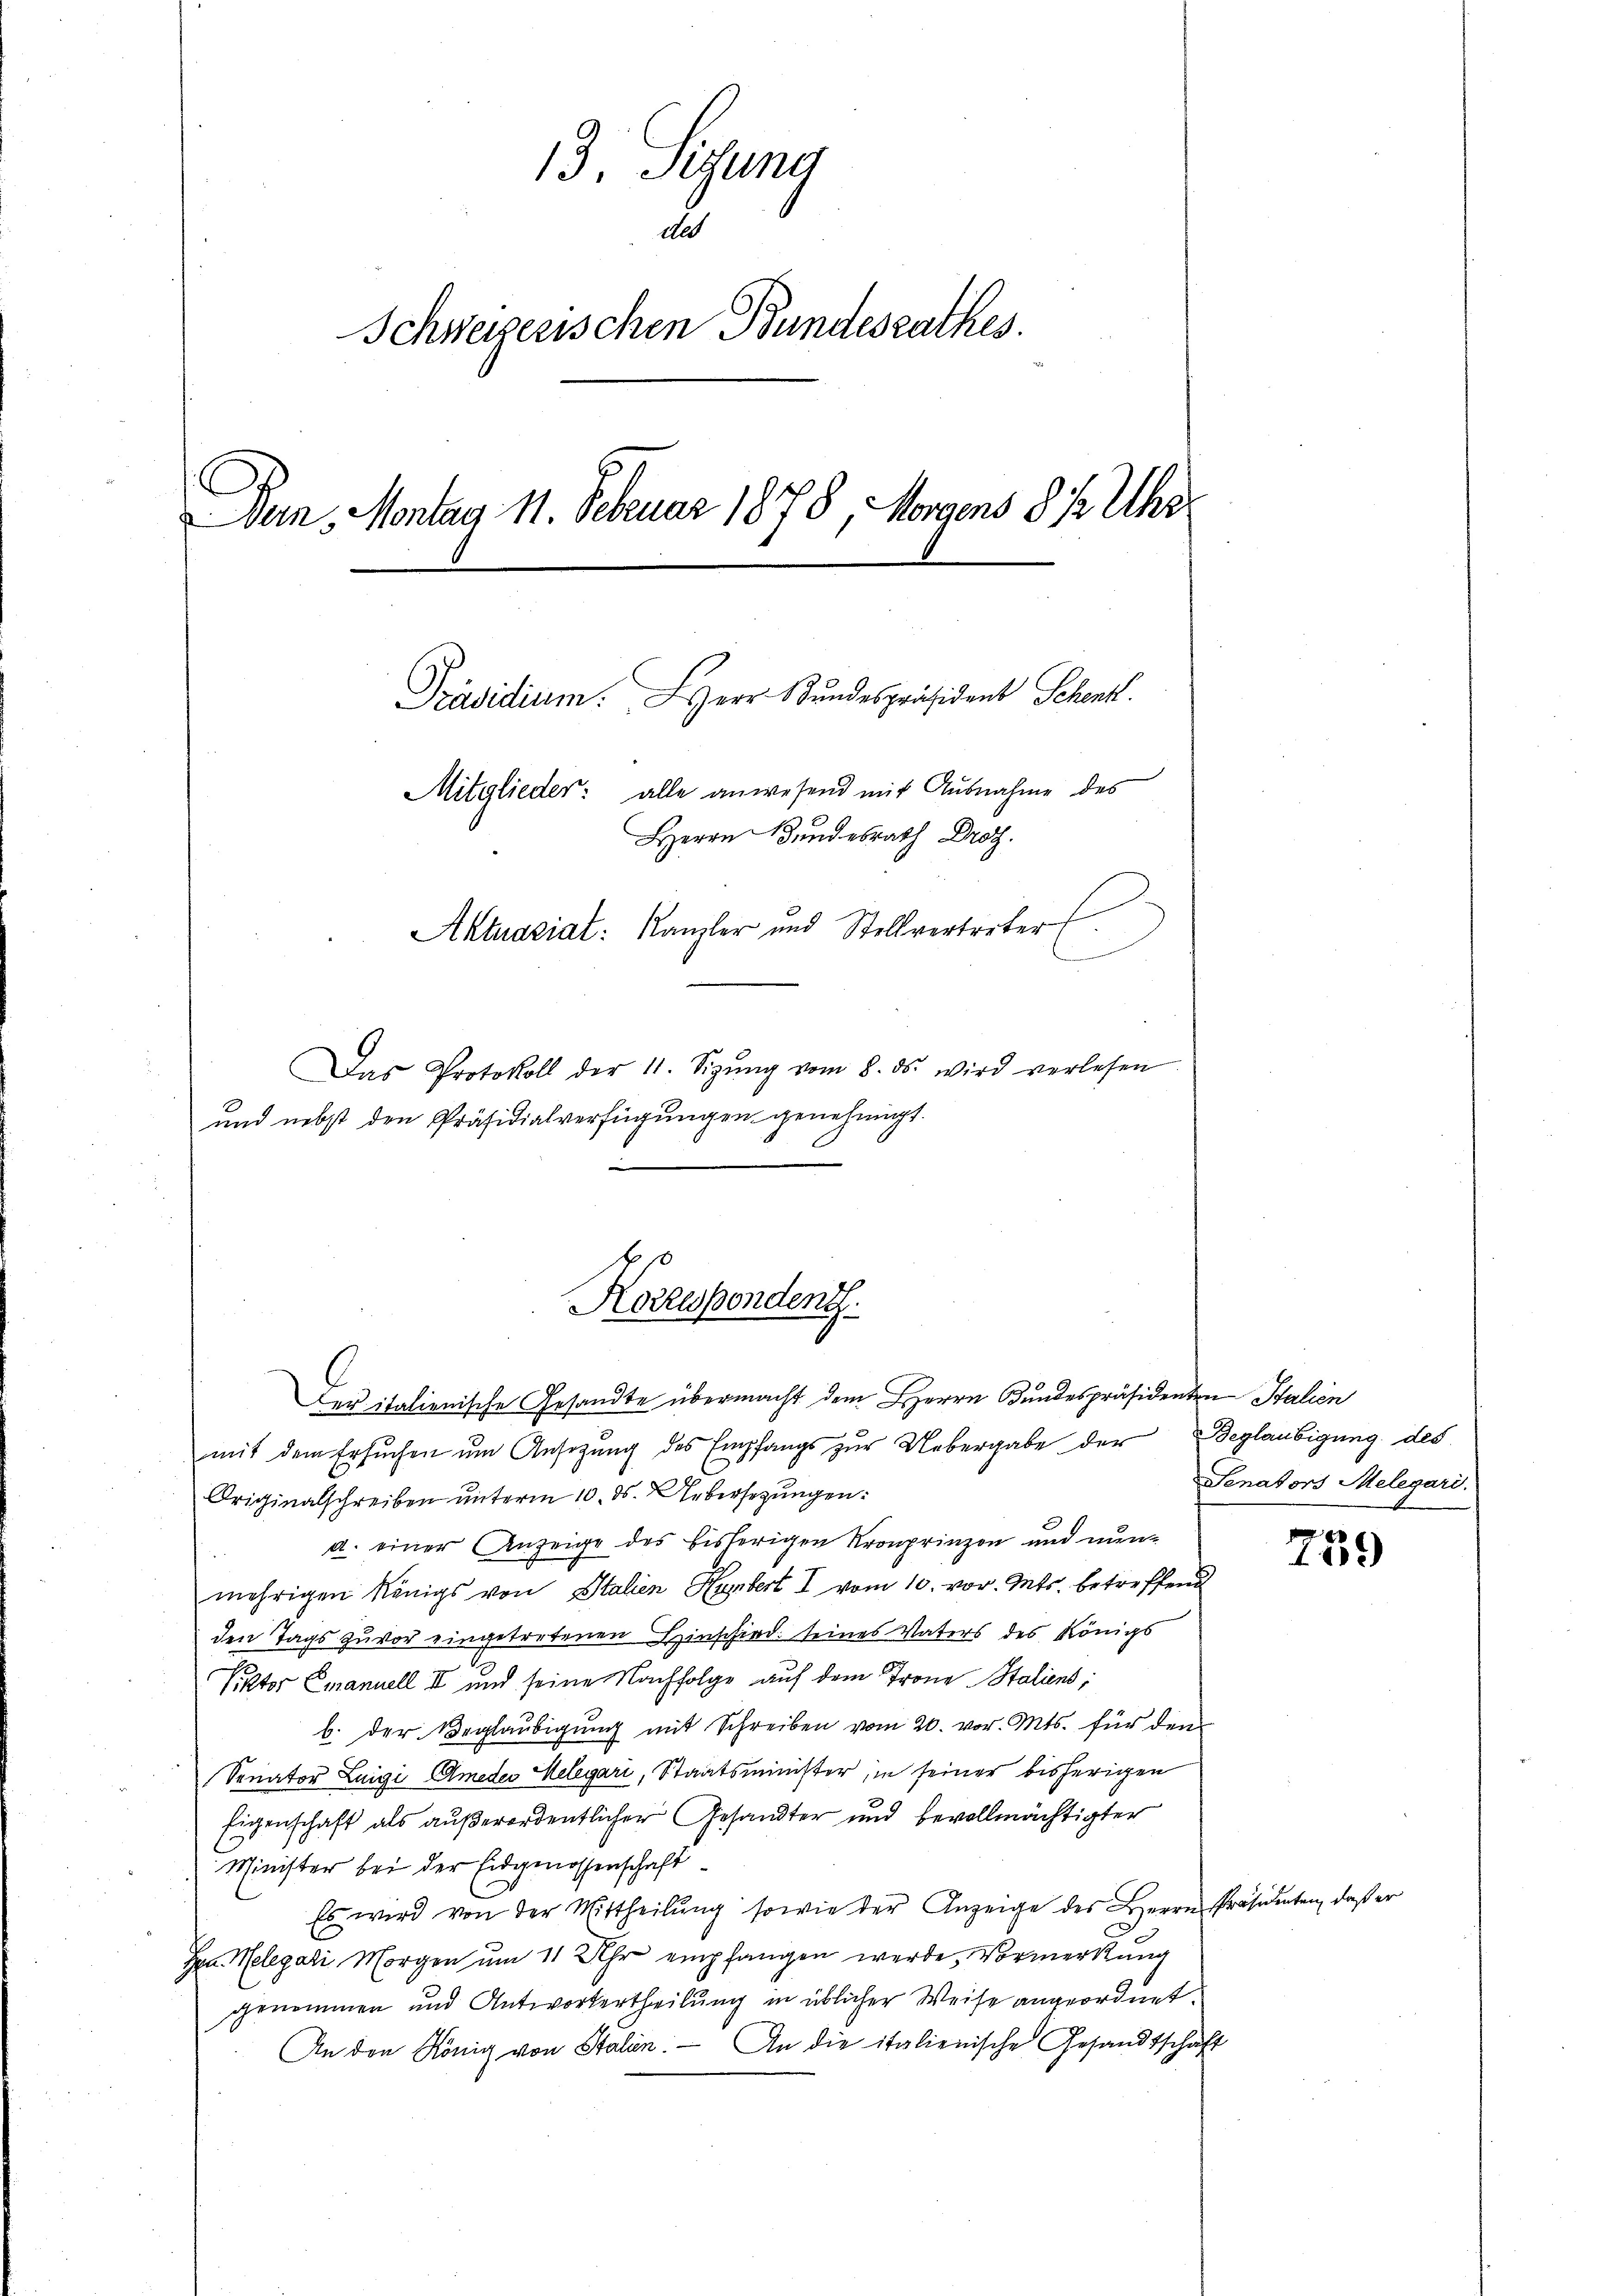
13. Sitzung
B
Schweizerischen Bundesrathes.
Den Montag 11. Februar 1878, Morgens 8 ½ Uhr
Präsidium. Herr Stundespräsident Schentl.
Mitglieder: alle anwesend mit Ausnahme des
Herrn Bundesrath Droz.
Aktuariat: Kanzler und Stellvertreter
Das Protokoll der 11. Sizŭng vom 8. ds. wird verlesen
und nebst den Präsidialverfügungen genehmigt.

610
Korrespondent.

Der italienische Gesandte übermacht dem Herrn Gundespräsidenten Stalien
mit dem Ersuchen ŭm Ansetzŭng des Empfangs zŭr Uebergabe der Beglaubigung des
Originalschreiben unterm 10. ds. übersezungen:
a. einer Anzeige des bisherigen Kronprinzen und nun-
mehrigen Königs von Italien Hubert I vom 10. vor. Mts. betreffend
den Tags zuvor eingetretenen Hinschied seines Vaters des Königs
Siktor Emanuell II und seine Nachfolge auf dem Trone Staliens;
b. der Beglaubigung mit Schreiben vom 20. vor. Mts. für den
Senator Luigi Amedes Helegari, Staatsminister, in seiner bisherigen
Eigenschaft als außerordentlicher Gesandter und bevollmächtigter
Minister bei der Eidgenossenschaft¬
Es wird von der Mittheilung sowie der Anzeige des Herrn Präsidenten, daß er
Hrn. Helegali Morgen um 11 Uhr empfangen werde, Vormerkung
genommen und Antwortertheilung in üblicher Weise angeordnet.
An den König von Stalien. An die italienische Gesandtschäft

Senators Melegari.

759